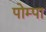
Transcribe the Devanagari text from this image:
पोम्पा